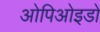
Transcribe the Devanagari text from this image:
ओपिओइडों